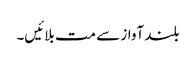
بلند آواز سے مت بلائیں۔